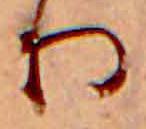
り